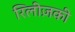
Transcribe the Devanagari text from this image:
रिलीज़की